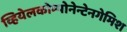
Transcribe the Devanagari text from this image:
व्हियेलकोम्पोनेन्टेनगेमिश